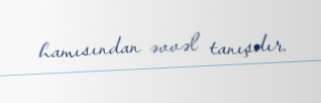
hamısından əvvəl tanışdır.